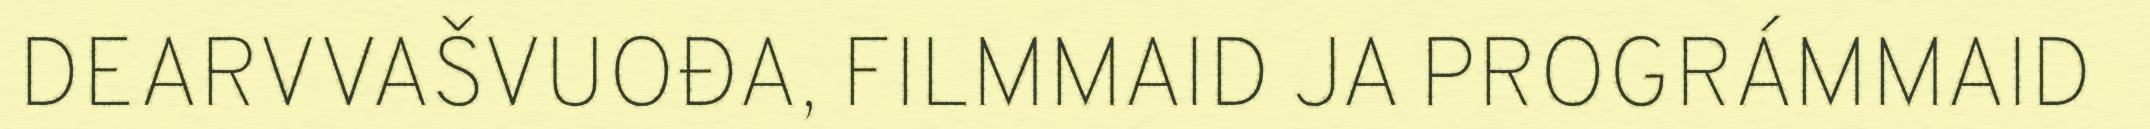
DEARVVAŠVUOĐA, FILMMAID JA PROGRÁMMAID